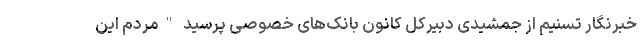
خبرنگار تسنیم از جمشیدی دبیرکل کانون بانک‌های خصوصی پرسید "مردم این